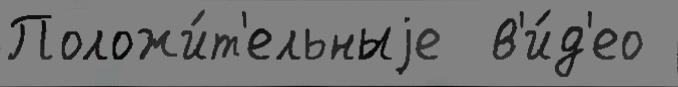
Положи́т'ельныjе  в'и́д'ео